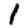
Digit: 1